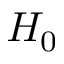
H _ { 0 }